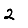
Digit: 2